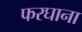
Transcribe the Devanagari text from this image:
फरघाना